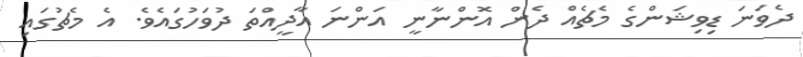
ދެވަނަ ޑިވިޝަންގެ މެޗެއް ދެން އޮންނާނީ އަންނަ އާދީއްތަ ދުވަހުގައެވެ. އެ މެޗުގައި